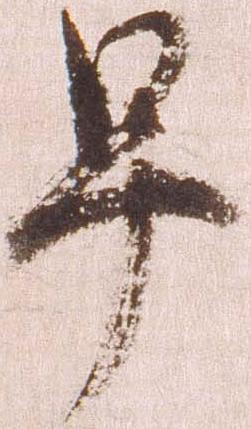
早